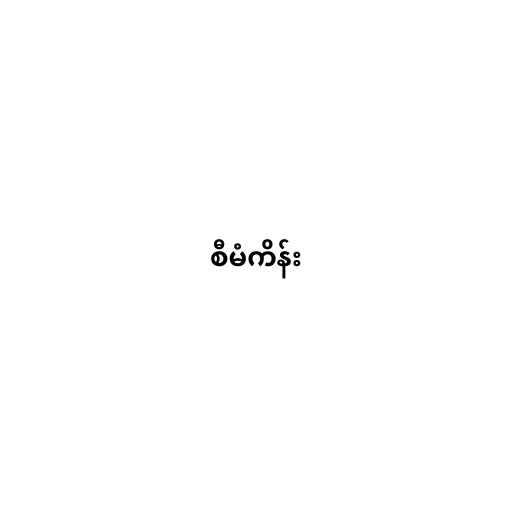
စီမံကိန်း